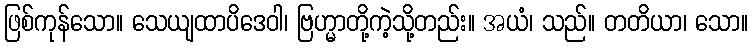
ဖြစ်ကုန်သော။ သေယျထာပိဒေဝါ၊ ဗြဟ္မာတို့ကဲ့သို့တည်း။ အယံ၊ သည်။ တတိယာ၊ သော။